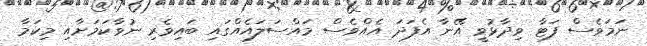
ނަމަވެސް ފަޓާ ވިދާޅުވީ އޭނާ އެފަދަ އެއްވެސް މައްސަލައެއްގައި ބައިވެރި ނުވާކަމަށާއި މިކަމާ